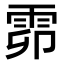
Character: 𩂞